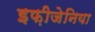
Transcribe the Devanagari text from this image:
इफ़ीजेनिया